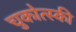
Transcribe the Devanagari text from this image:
चुकोत्स्की